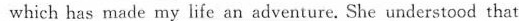
which has made my life an adventure, She understood that